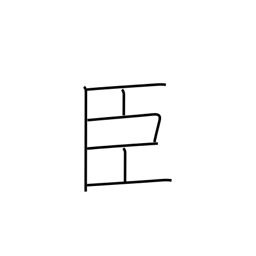
Meaning: retainer